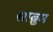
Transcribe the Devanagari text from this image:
साब्रुम